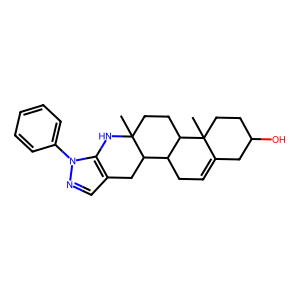
SMILES: CC12CCC3C(CC=C4CC(O)CCC43C)C1Cc1cnn(-c3ccccc3)c1N2
Inhibits HIV replication: No